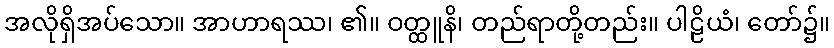
အလိုရှိအပ်သော။ အာဟာရဿ၊ ၏။ ဝတ္ထူနိ၊ တည်ရာတို့တည်း။ ပါဠိယံ၊ တော်၌။